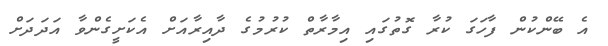
އެ ބޭންކުން ފާހަގަ ކުރާ ގޮތުގައި އިމާރާތް ކުރުމުގެ ދާއިރާއަށް އެކަށީގެންވާ އަދަދަށް